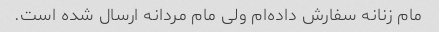
مام زنانه سفارش داده‌ام ولی مام مردانه ارسال شده است.